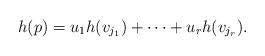
LaTeX: \begin{align*}h (p)=u_1 h (v_{j_1}) + \cdots + u_r h (v_{j_r}).\end{align*}